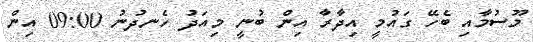
މޫސުމާއި ބެހޭ ގައުމީ އިދާރާ އިން ބުނީ މިއަދު ހެނދުނު 09:00 އިން